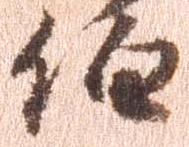
伯